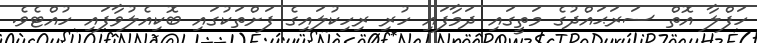
ހަފްލާ އޮތް ސަރަޙައްދުގެ މަތީގައި ދަމާފައި ހުރި ރިހިކުލައިގެ ފަށްތަކުގައި ބޮކިއެލުވާފައި ހުއްޓެވެ.